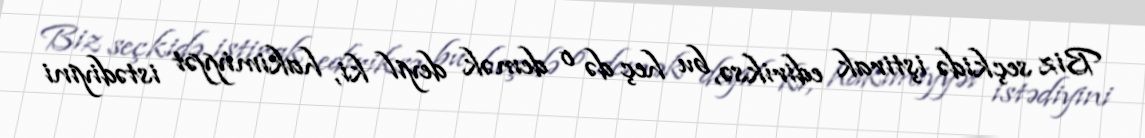
Biz seçkidə iştirak ediriksə, bu heç də o demək deyil ki, hakimiyyət istədiyini